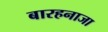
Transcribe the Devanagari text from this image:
बारहनाजा